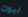
بيوت